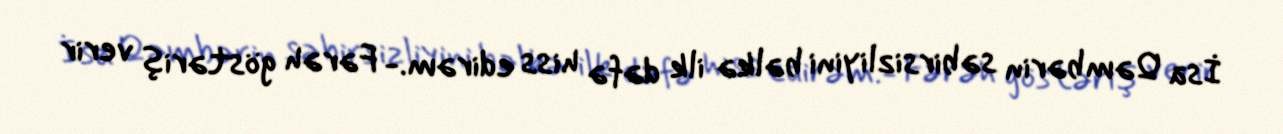
İsa Qəmbərin səbirsizliyini bəlkə ilk dəfə hiss edirəm.- Fərəh göstəriş verir